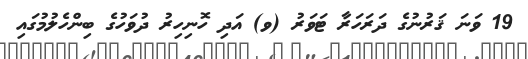
19 ވަނަ ޤަރުނުގެ ދަރަހަރާ ޓަވަރު (ވ) އަދި ހޮނިހިރު ދުވަހުގެ ބިންހެލުމުގައި